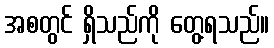
အစတွင် ရှိသည်ကို တွေ့ရသည်။